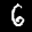
Label: 6